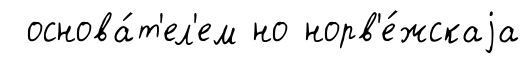
основа́т'ел'ем но норв'е́жскаjа